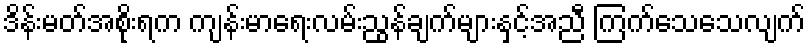
ဒိန်းမတ်အစိုးရက ကျန်းမာရေးလမ်းညွန်ချက်များနှင့်အညီ ကြက်သေသေလျက်